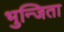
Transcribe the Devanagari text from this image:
भुन्जिता